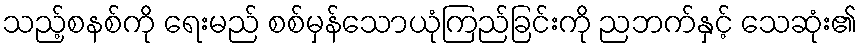
သည့်စနစ်ကို ရေးမည် စစ်မှန်သောယုံကြည်ခြင်းကို ညဘက်နှင့် သေဆုံး၏